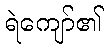
ရဲကျော်၏